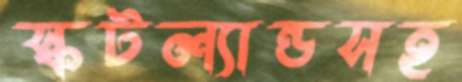
স্কটল্যান্ডসহ